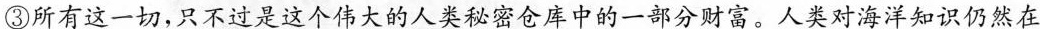
③所有这一切，只不过是这个伟大的人类秘密仓库中的一部分财富。人类对海洋知识仍然在